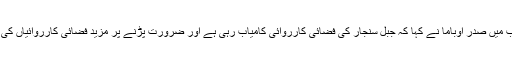
اپنے خطاب میں صدر اوباما نے کہا کہ جبل سنجار کی فضائی کارروائی کامیاب رہی ہے اور ضرورت پڑنے پر مزید فضائی کارروائیاں کی جائیں گی۔